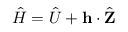
\hat { H } = \hat { U } + \mathbf { h } \cdot \hat { \mathbf { Z } }